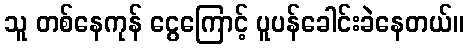
သူ တစ်နေကုန် ငွေကြောင့် ပူပန်ခေါင်းခဲနေတယ်။